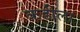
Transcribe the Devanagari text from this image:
कडीला